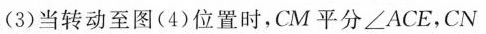
(3)当转动至图(4)位置时，CM平分∠ACE，CN